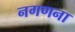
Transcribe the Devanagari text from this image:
नगणना